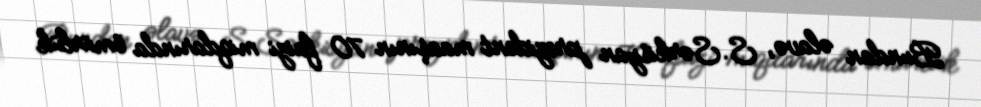
Bundan əlavə, S.Sərkisyan prezident maaşının 70 faizi miqdarında ömürlük